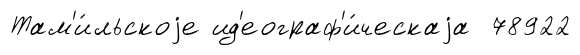
Там'и́льскоjе ид'еограф'и́ческаjа 78922